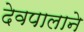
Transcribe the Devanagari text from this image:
देवपालाने